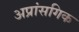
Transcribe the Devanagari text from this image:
अप्रांसगिक